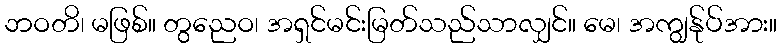
ဘဝတိ၊ မဖြစ်။ တွညေဝ၊ အရှင်မင်းမြတ်သည်သာလျှင်။ မေ၊ အကျွန်ုပ်အား။